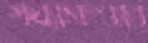
শয্যাসংখ্যার